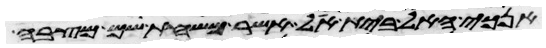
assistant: אנכי האל בית אל אשר משחת שם מצבה